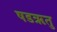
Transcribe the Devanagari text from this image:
षडऋतु